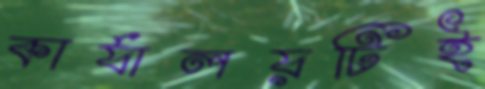
কার্যালয়টিই